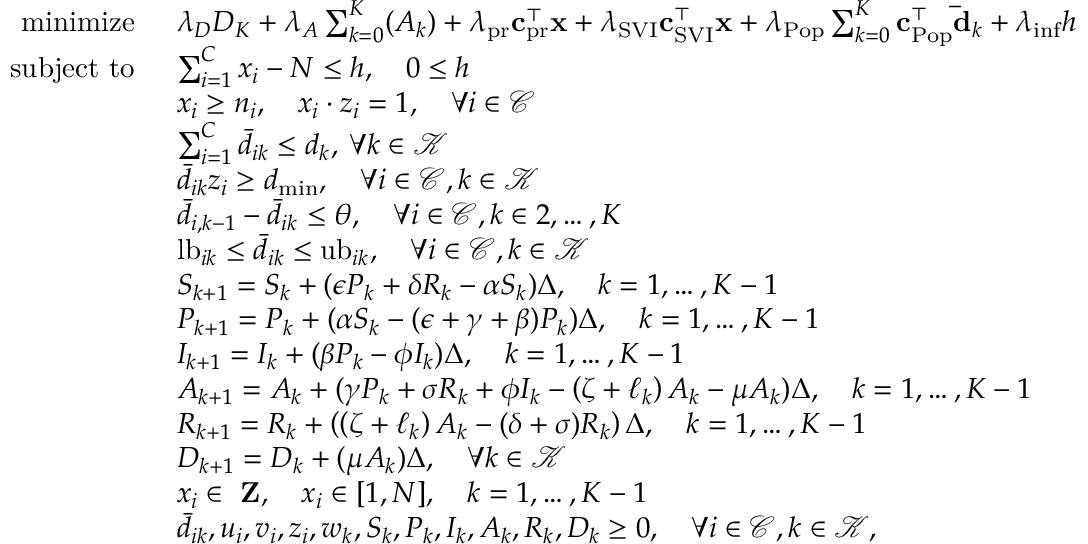
\begin{array} { r l } { \mathrm { m i n i m i z e } \: \: } & { \lambda _ { D } D _ { K } + \lambda _ { A } \sum _ { k = 0 } ^ { K } ( A _ { k } ) + \lambda _ { \mathrm { p r } } \mathbf { c } _ { \mathrm { p r } } ^ { \top } \mathbf { x } + \lambda _ { \mathrm { S V I } } \mathbf { c } _ { \mathrm { S V I } } ^ { \top } \mathbf { x } + \lambda _ { \mathrm { P o p } } \sum _ { k = 0 } ^ { K } \mathbf { c } _ { \mathrm { P o p } } ^ { \top } \mathbf { \bar { d } } _ { k } + \lambda _ { \mathrm { i n f } } h } \\ { \mathrm { s u b j e c t ~ t o } \: \: } & { \sum _ { i = 1 } ^ { C } x _ { i } - N \leq h , \quad 0 \le h } \\ & { x _ { i } \geq n _ { i } , \quad x _ { i } \cdot z _ { i } = 1 , \quad \forall i \in \mathcal { C } } \\ & { \sum _ { i = 1 } ^ { C } \bar { d } _ { i k } \leq d _ { k } , \: \forall k \in \mathcal { K } } \\ & { \bar { d } _ { i k } z _ { i } \geq d _ { \mathrm { m i n } } , \quad \forall i \in \mathcal { C } , k \in \mathcal { K } } \\ & { \bar { d } _ { i , k - 1 } - \bar { d } _ { i k } \leq \theta , \quad \forall i \in \mathcal { C } , k \in 2 , \dots , K } \\ & { \mathrm { l b } _ { i k } \leq \bar { d } _ { i k } \leq \mathrm { u b } _ { i k } , \quad \forall i \in \mathcal { C } , k \in \mathcal { K } } \\ & { S _ { k + 1 } = S _ { k } + ( \epsilon P _ { k } + \delta R _ { k } - \alpha S _ { k } ) \Delta , \quad k = 1 , \dots , K - 1 } \\ & { P _ { k + 1 } = P _ { k } + ( \alpha S _ { k } - ( \epsilon + \gamma + \beta ) P _ { k } ) \Delta , \quad k = 1 , \dots , K - 1 } \\ & { I _ { k + 1 } = I _ { k } + ( \beta P _ { k } - \phi I _ { k } ) \Delta , \quad k = 1 , \dots , K - 1 } \\ & { A _ { k + 1 } = A _ { k } + ( \gamma P _ { k } + \sigma R _ { k } + \phi I _ { k } - \left( \zeta + \ell _ { k } \right) A _ { k } - \mu A _ { k } ) \Delta , \quad k = 1 , \dots , K - 1 } \\ & { R _ { k + 1 } = R _ { k } + \left( \left( \zeta + \ell _ { k } \right) A _ { k } - ( \delta + \sigma ) R _ { k } \right) \Delta , \quad k = 1 , \dots , K - 1 } \\ & { D _ { k + 1 } = D _ { k } + ( \mu A _ { k } ) \Delta , \quad \forall k \in \mathcal { K } } \\ & { x _ { i } \in { \mathrm { \bf ~ Z } } , \quad x _ { i } \in [ 1 , N ] , \quad k = 1 , \dots , K - 1 } \\ & { \bar { d } _ { i k } , u _ { i } , v _ { i } , z _ { i } , w _ { k } , S _ { k } , P _ { k } , I _ { k } , A _ { k } , R _ { k } , D _ { k } \geq 0 , \quad \forall i \in \mathcal { C } , k \in \mathcal { K } , } \end{array}